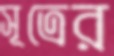
সূত্রের